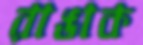
রাঙাক